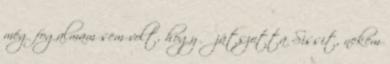
még fogalmam sem volt, hogy ő játszotta Sissit, nekem